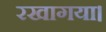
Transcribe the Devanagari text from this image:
रखागया।